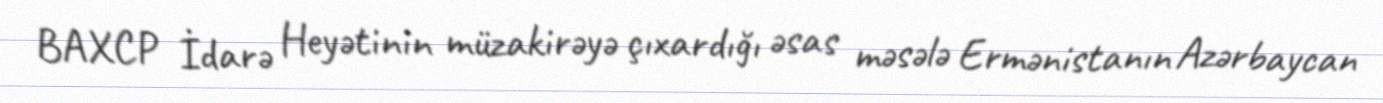
BAXCP İdarə Heyətinin müzakirəyə çıxardığı əsas məsələ Ermənistanın Azərbaycan